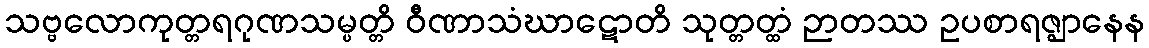
သဗ္ဗလောကုတ္တရဂုဏသမ္ပတ္တိ ဝီဏာသံဃာဋောတိ သုတ္တတ္ထံ ဉာတဿ ဥပစာရဇ္ဈာနေန